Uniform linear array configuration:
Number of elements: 16
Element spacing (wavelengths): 0.5
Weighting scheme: blackman
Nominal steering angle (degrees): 15
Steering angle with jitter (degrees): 16.187
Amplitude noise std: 0.05
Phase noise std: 0.05

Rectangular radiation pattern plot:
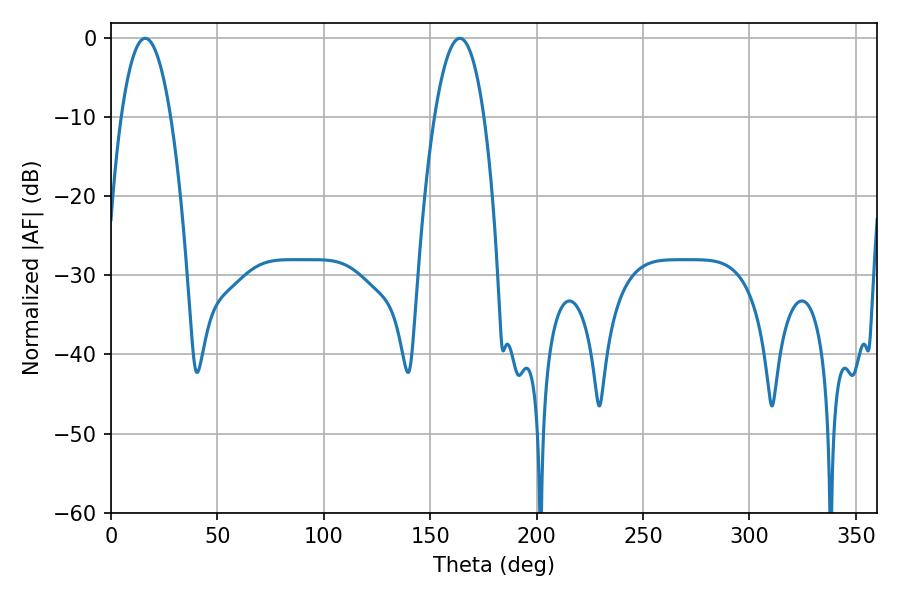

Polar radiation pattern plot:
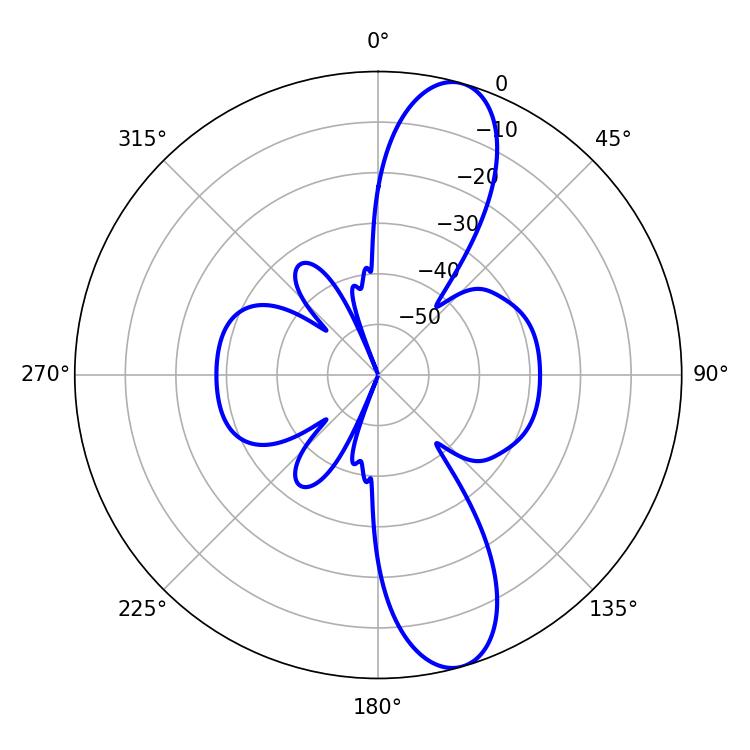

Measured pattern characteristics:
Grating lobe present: FALSE
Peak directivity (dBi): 11.74
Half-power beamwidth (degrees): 12.96
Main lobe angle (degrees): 16.02